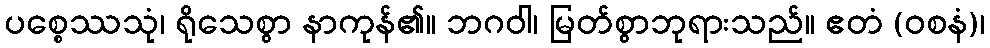
ပစ္စေဿသုံ၊ ရိုသေစွာ နာကုန်၏။ ဘဂဝါ၊ မြတ်စွာဘုရားသည်။ ဧတံ (ဝစနံ)၊